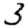
Digit: 3